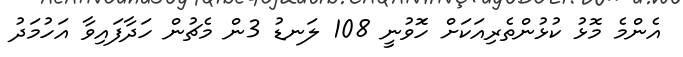
އެންމެ މޮޅު ކުޅުންތެރިއަަކަށް ހަޮވުނީ 108 ލަނޑު 3ން މެޗުން ހަދާފައިވާ އަހުމަދު